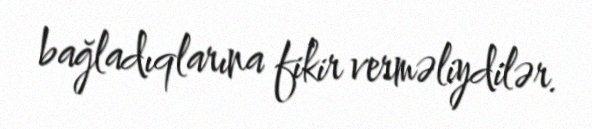
bağladıqlarına fikir verməliydilər.